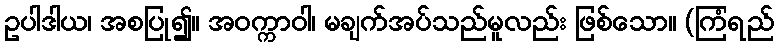
ဥပါဒါယ၊ အစပြု၍။ အဝက္ကာဝါ၊ မချက်အပ်သည်မူလည်း ဖြစ်သော။ (ကြံရည်